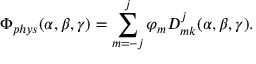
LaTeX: \Phi _ { p h y s } ( \alpha , \beta , \gamma ) = \sum _ { m = - j } ^ { j } \varphi _ { m } D _ { m k } ^ { j } ( \alpha , \beta , \gamma ) .